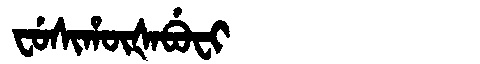
Manchu: ᠸᡠᠰᡳᡥᡡᡧᠠᠪᡠᠸᡳ
Romanization: FUSIHŪŠABUFI